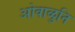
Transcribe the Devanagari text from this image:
ओवाळुनि